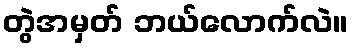
တွဲအမှတ် ဘယ်လောက်လဲ။